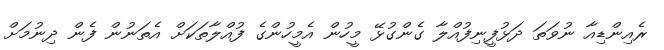
ރެއިންޑިއާ ނުވަތަ ދަޅުފީނިފުއްލާ ގެންގުޅޭ މީހުން އެމީހުންގެ ފުއްލާތަކަށް އެތަނުން ފެން ދިނުމަށް